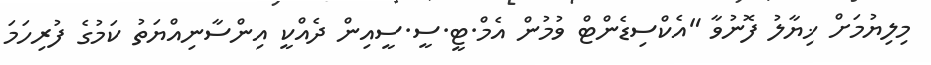
މިލިޔުމަށް ޚިޔާލު ފޮނުވާ "އެކްސިޑެންޓް ވުމުން އެމް.ޓީ.ސީ.ސީއިން ދެއްކީ އިންސާނިއްޔަތު ކަމުގެ ފުރިހަމަ